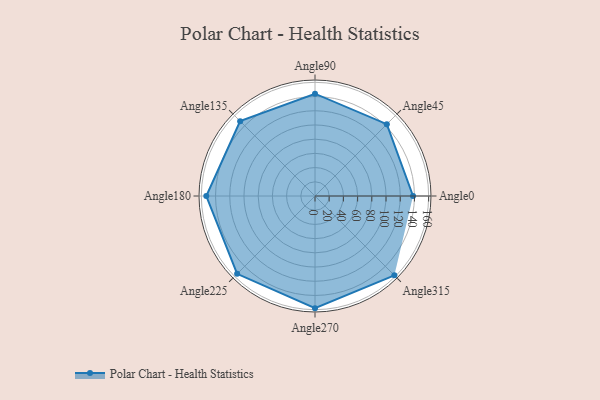
{"axis": {"x": "Angle", "y": "Radius"}, "legend": [""], "data": [{"x": "Angle0", "y": 138.0, "type": ""}, {"x": "Angle45", "y": 143.0, "type": ""}, {"x": "Angle90", "y": 144.0, "type": ""}, {"x": "Angle135", "y": 149.0, "type": ""}, {"x": "Angle180", "y": 153.0, "type": ""}, {"x": "Angle225", "y": 155.0, "type": ""}, {"x": "Angle270", "y": 158.0, "type": ""}, {"x": "Angle315", "y": 158.0, "type": ""}]}